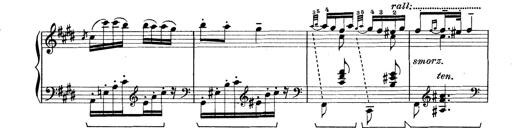
Title: Rapsodie: 19 ungheresi, 1 spagnuola
Composer: Franz Liszt